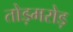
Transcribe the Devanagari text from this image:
तोड़मरोड़